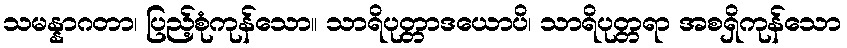
သမန္နာဂတာ၊ ပြည့်စုံကုန်သော။ သာရိပုတ္တာဒယောပိ၊ သာရိပုတ္တရာ အစရှိကုန်သော